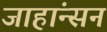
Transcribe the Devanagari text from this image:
जाहांन्सन